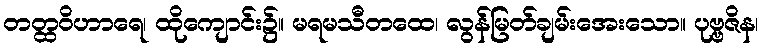
တတ္ထဝိဟာရေ၊ ထိုကျောင်း၌။ မရမသီတထေ၊ လွန်မြတ်ချမ်းအေးသော။ ပုဗ္ဗဇိန၊